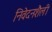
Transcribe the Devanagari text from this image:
निवेदनशैली